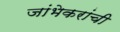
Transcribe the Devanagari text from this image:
जांभेकरांची